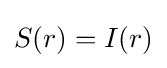
S(r)=I(r)